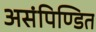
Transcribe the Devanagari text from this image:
असंपिण्डित